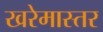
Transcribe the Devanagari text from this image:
खरेमास्तर